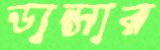
ডান্সার